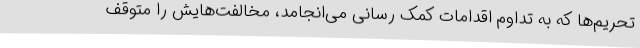
تحریم‌ها که به تداوم اقدامات کمک رسانی می‌انجامد، مخالفت‌هایش را متوقف